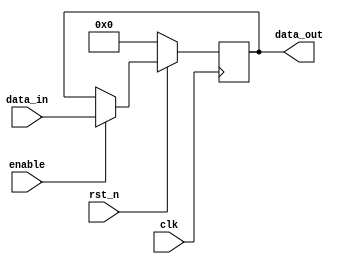
module sequential_logic (
    input wire clk,          // Clock input
    input wire rst_n,       // Active low synchronous reset
    input wire enable,      // Enable signal
    input wire [7:0] data_in, // Input data
    output reg [7:0] data_out // Output data
);

    // Initial state (optional, for simulation purposes)
    initial begin
        data_out = 8'b0; // Initialize output to 0
    end

    // Sequential logic block sensitive to the positive edge of clk
    always @(posedge clk) begin
        if (!rst_n) begin
            // Synchronous reset
            data_out <= 8'b0; // Reset output to 0
        end else if (enable) begin
            // Update state based on input data when enabled
            data_out <= data_in; // Assign input data to output
        end
        // If not reset and not enabled, data_out retains its previous value
    end

endmodule